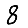
Digit: 8